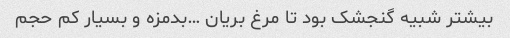
بیشتر شبیه گنجشک بود تا مرغ بریان …بدمزه و بسیار کم حجم